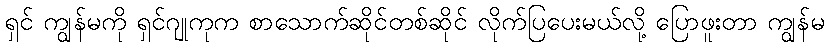
ရှင် ကျွန်မကို ရှင်ဂျုကုက စာသောက်ဆိုင်တစ်ဆိုင် လိုက်ပြပေးမယ်လို့ ပြောဖူးတာ ကျွန်မ